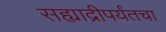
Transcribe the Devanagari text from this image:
सह्याद्रीपर्यंतचा